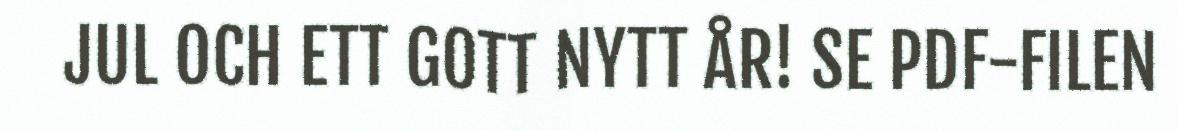
JUL OCH ETT GOTT NYTT ÅR! SE PDF-FILEN